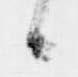
候